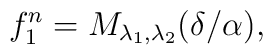
f^{n}_{1}=M_{\lambda_{1},\lambda_{2}}(\delta/\alpha),